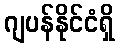
ဂျပန်နိုင်ငံရှိ